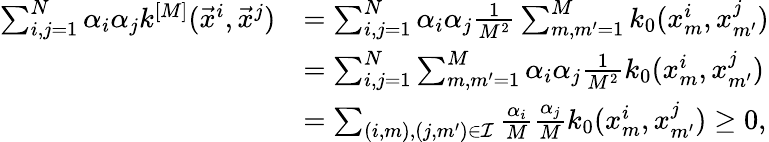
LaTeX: \begin{array}{rl}{\sum_{i,j=1}^{N}\alpha_{i}\alpha_{j}k^{[M]}(\vec{x}^{i},\vec{x}^{j})}&{=\sum_{i,j=1}^{N}\alpha_{i}\alpha_{j}\frac{1}{M^{2}}\sum_{m,m^{\prime}=1}^{M}k_{0}(x_{m}^{i},x_{m^{\prime}}^{j})}\\ &{=\sum_{i,j=1}^{N}\sum_{m,m^{\prime}=1}^{M}\alpha_{i}\alpha_{j}\frac{1}{M^{2}}k_{0}(x_{m}^{i},x_{m^{\prime}}^{j})}\\ &{=\sum_{(i,m),(j,m^{\prime})\in\mathcal{I}}\frac{\alpha_{i}}{M}\frac{\alpha_{j}}{M}k_{0}(x_{m}^{i},x_{m^{\prime}}^{j})\geq 0,}\end{array}